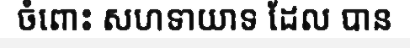
ចំពោះ សហទាយាទ ដែល បាន